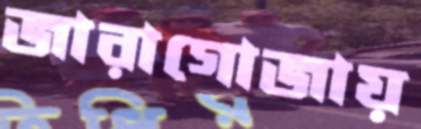
জারাগোজায়